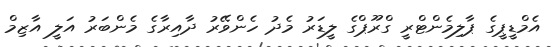
އެމްޑީޕީގެ ޕާލިމެންޓްރީ ގްރޫޕްގެ ލީޑަރު މެދު ހެންވޭރު ދާއިރާގެ މެންބަރު އަލީ އާޒިމް